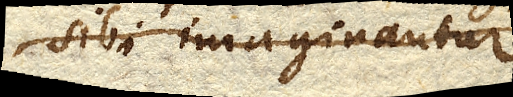
sibi imaginatur